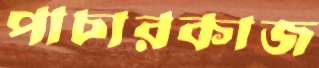
পাচারকাজ